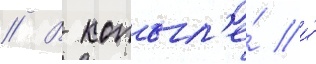
// В копыл'е́ и́